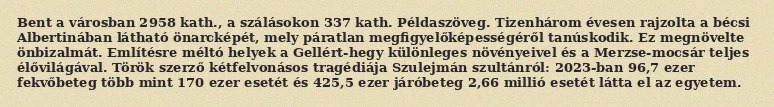
Bent a városban 2958 kath., a szálásokon 337 kath. Példaszöveg. Tizenhárom évesen rajzolta a bécsi Albertinában látható önarcképét, mely páratlan megfigyelőképességéről tanúskodik. Ez megnövelte önbizalmát. Említésre méltó helyek a Gellért-hegy különleges növényeivel és a Merzse-mocsár teljes élővilágával. Török szerző kétfelvonásos tragédiája Szulejmán szultánról: 2023-ban 96,7 ezer fekvőbeteg több mint 170 ezer esetét és 425,5 ezer járóbeteg 2,66 millió esetét látta el az egyetem.